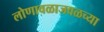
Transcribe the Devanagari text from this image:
लोणावळाजवळच्या